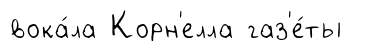
вока́ла Корн'елла газ'е́ты